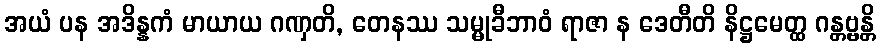
အယံ ပန အဒိန္နကံ မာယာယ ဂဏှတိ, တေနဿ သမ္မုခီဘာဝံ ရာဇာ န ဒေတီတိ နိဋ္ဌမေတ္ထ ဂန္တဗ္ဗန္တိ